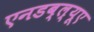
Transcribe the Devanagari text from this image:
एनडब्ल्यूए